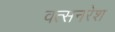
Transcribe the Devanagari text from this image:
वत्सनरेश